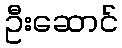
ဦးဆောင်